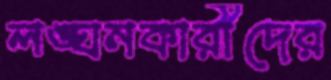
লঙ্ঘনকারীদের